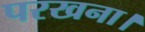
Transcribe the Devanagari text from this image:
परखना।